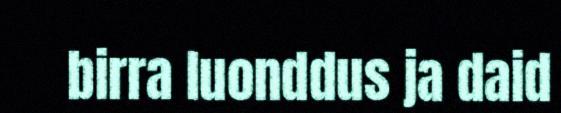
birra luonddus ja daid